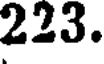
223.